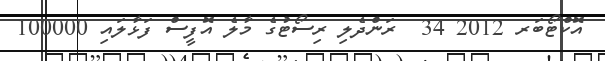
އޮކްޓޯބަރ 2012 34  ރަންދެލި ރިސޯޓުގެ މާލެ އޮފީސް ފަޅާލައި 100000